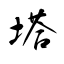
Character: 塔